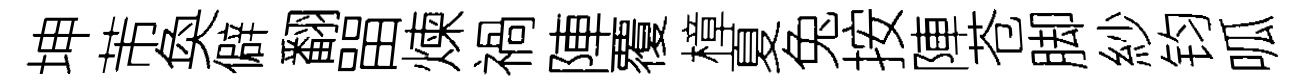
坤芾奐僻翻㽞煉禍陣覆樟夏兔按陣苍脚紗钧呱